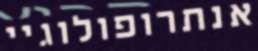
אנתרופולוגיי